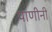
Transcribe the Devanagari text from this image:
पाणीनी